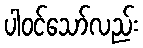
ပါဝင်သော်လည်း